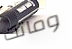
وماتت